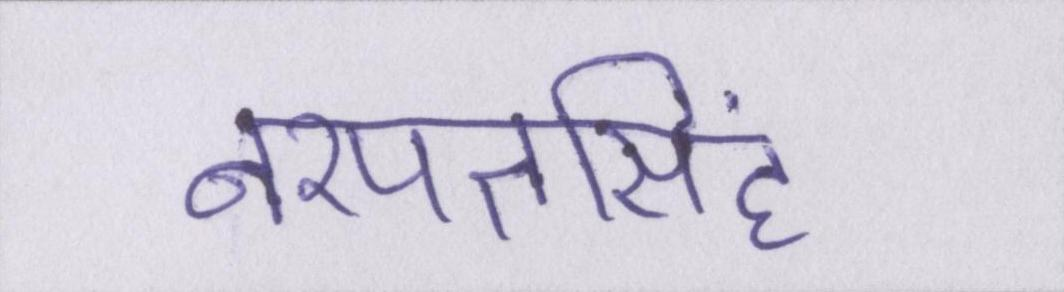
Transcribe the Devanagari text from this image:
नरपतसिंह